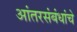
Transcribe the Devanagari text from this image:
आंतरसंबंधांचे